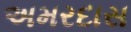
અમરદાસ